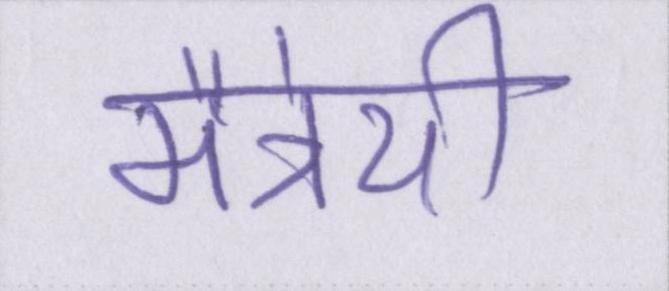
मैत्रेयी